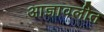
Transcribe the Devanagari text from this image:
आज्ञावलीत